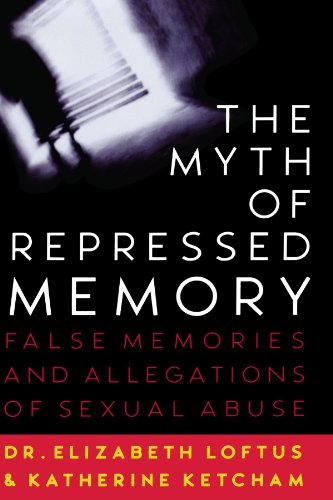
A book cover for The Myth of Repressed Memory: False Memories and Allegations of Sexual Abuse; Elizabeth Loftus; Health, Fitness & Dieting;